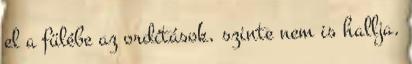
el a fülébe az ordítások, szinte nem is hallja.